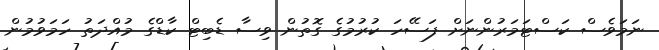
ނަމަވެސް ކަސްޓަމަރުންނަށް ފަސޭހަ ކުރުމުގެ ގޮތުން ވިސާ ޑެބިޓް ކާޑްގެ މުއްދަތު ހަމަވުމުން